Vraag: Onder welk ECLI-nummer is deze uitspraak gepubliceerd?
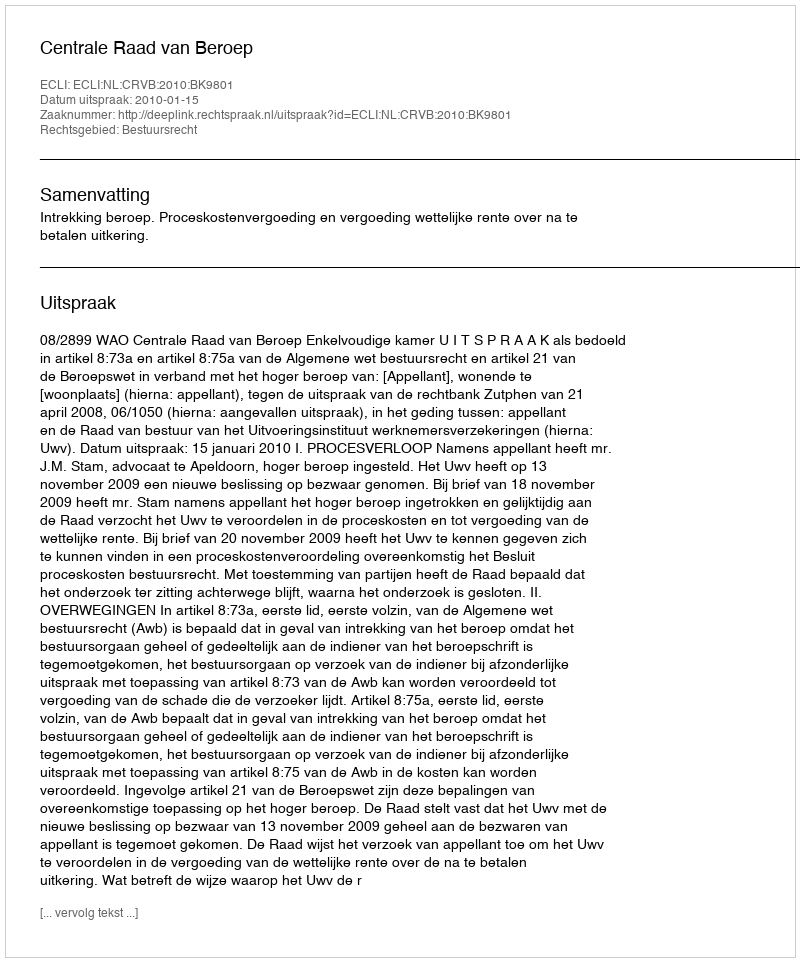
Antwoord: ECLI:NL:CRVB:2010:BK9801